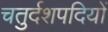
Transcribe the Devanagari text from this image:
चतुर्दशपदियों